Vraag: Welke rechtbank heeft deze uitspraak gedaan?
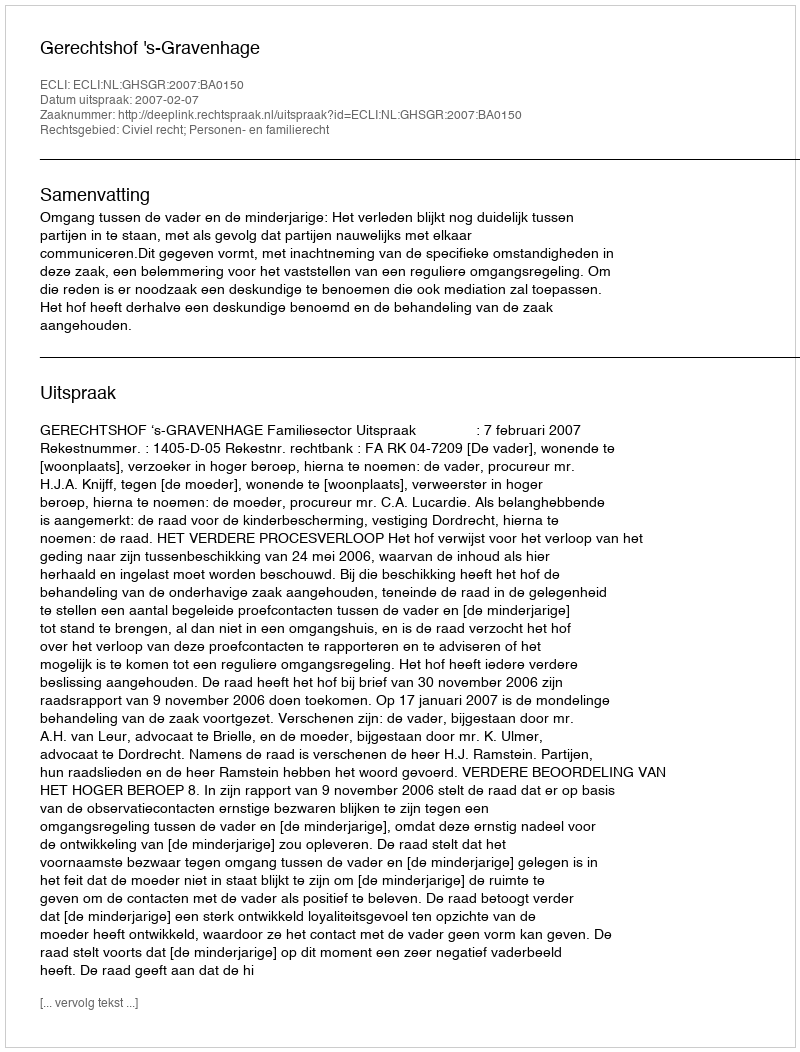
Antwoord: Gerechtshof 's-Gravenhage